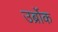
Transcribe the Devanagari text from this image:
उर्ब्रोक